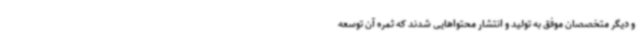
و دیگر متخصصان موفق به تولید و انتشار محتواهایی شدند که ثمره آن توسعه